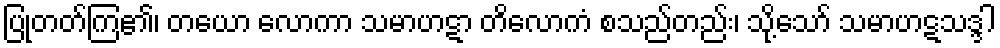
ပြုတတ်ကြ၏၊ တယော လောကာ သမာဟဋာ တိလောကံ စသည်တည်း၊ သို့သော် သမာဟဋသဒ္ဒါ